Leaving Certificate Examination (including Day School Certificate (Higher) General paper), 1931
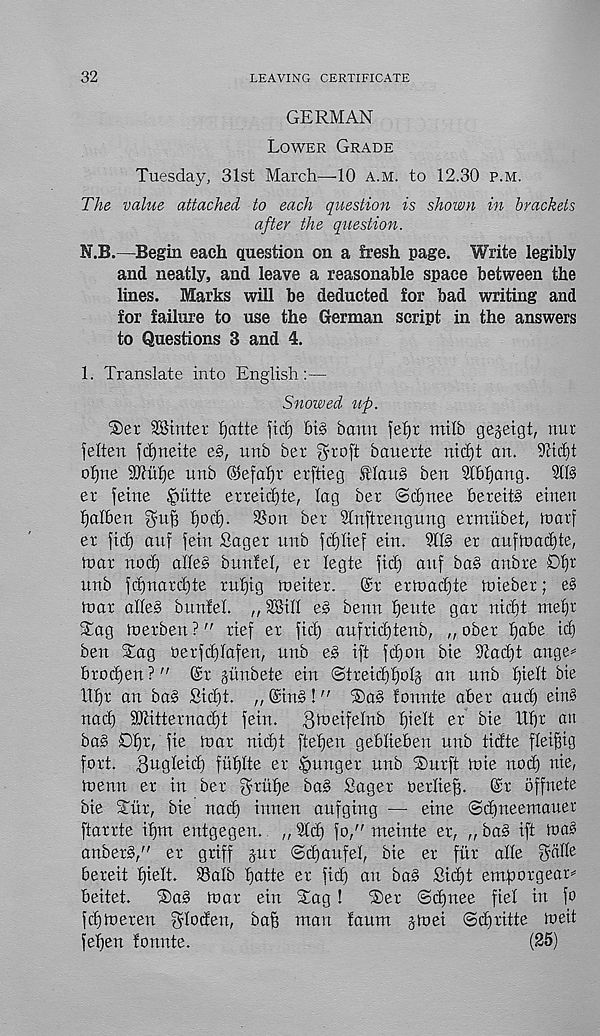
32
LEAVING CERTIFICATE
GERMAN
Lower Grade
Tuesday, 31st March—10 a.m. to 12.30 p.m.
The value attached to each question is shown in brackets
after the question.
N.B.—Begin each question on a fresh page. Write legibly
and neatly, and leave a reasonable space between the
lines. Marks will be deducted for bad writing and
for failure to use the German script in the answers
to Questions 3 and 4.
1. Translate into English:—
Snowed tip.
'Ser SBintet fjatte fid) £>i§ bann feljr mtlb gegeigt, nut
jelten fd)neite e§, unb bet $roft bauerte md)t an. Tcicbt
ofjne 3Ktf)e unb (Sefaljr erftieg ^lau§ ben Slb^ang. SIB
er feine |>utte erretdjte, lag bet @d)nee bereitS einen
Ijalben
tjod). SSon bet Slnfttengung etmubet, tnatf
et fid) anf fein Saget unb fd)lief ein. 90S et aufinadite,
mat nod) alleS bunfel, et legte fid) auf baS anbte £)l)t
unb fd)natd)te tnfjig meitet.
@t etmadjte mieber; eS
mat alleS bunfel. ,, SBill e§ benn fjeute gat nidit mel)r
Stag metben ?" ttef et fid) aufridjtenb, „ obet fiabe id)
ben Sag oetfd)lafen, unb e§ ift fdjon bie iltadft ange^
btodjen?" @t stinbete ein <Stteid)£)olj an unb l)ielt bie
llf)t an ba§ Sid)t. „ @in§ !" Sag fonnte abet and) eing
nad) 9J0ttetnad)t fein.
^hJeifelnb l)ielt et bie Ob^ au
bag D^t, fie mat nii^t fteben geblieben unb tidte flei^ig
fott. ^ugleid) fiiblte et §unget unb Surft mie nod) nie,
menu et in bet gtiUje bag Sager oerlieb- @t offnete
bte Stiit, bie nad) innen aufging — eine ©djneemauer
ftattte ibm entgegen. „ 9Id) fo," meinte et, „ bag ift mag
anbetg," et griff gut ©d) auf el, bie et fitt alle ^alle
bereit fjmlt. SSalb Ijatte et fid) an bag Sidft emf)orgear^
beitet.
®ag mat ein Stag !
®et ©dfnee fiel in fo
fd)meten $locfen, bafe man faum gmei ©d)titte meit
fefjen fonnte.
(25)